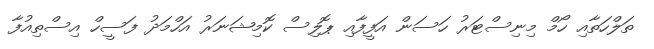
ތަލްހަތާއި ހޯމް މިނިސްޓަރު ހަސަން އަފީފާއި ޕޮލިސް ކޮމިޝަނަރު އަހްމަދު ފަސީހް އިސްތިއުފާ